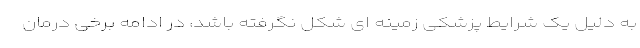
به دلیل یک شرایط پزشکی زمینه ای شکل نگرفته باشد، در ادامه برخی درمان